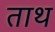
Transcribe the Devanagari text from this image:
ताथ